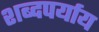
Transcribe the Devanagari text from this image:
शब्दपर्याय